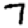
Digit: 7